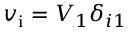
v _ { \mathrm { i } } = V _ { 1 } \delta _ { i 1 }